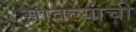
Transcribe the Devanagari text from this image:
सावल्यांची